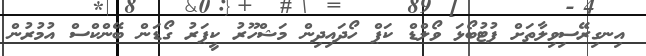
އިނގިރޭސިވިލާތަށް ފުޓުބޯޅަ ވޯލްޑް ކަޕް ހޯދައިދިން މަޝްހޫރު ކީޕަރު ގޯޑަން ބޭންކްސް އުމުރުން